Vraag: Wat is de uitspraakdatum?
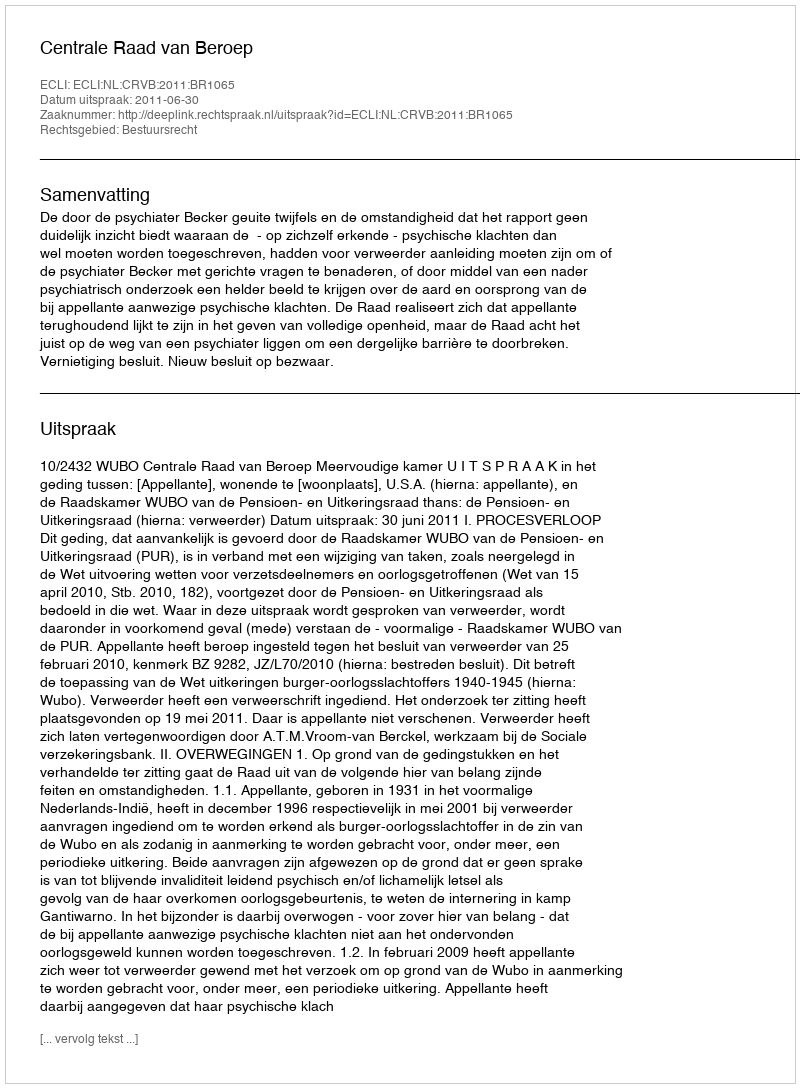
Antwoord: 2011-06-30